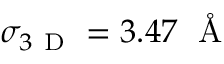
\sigma _ { 3 \mathrm { ~ D ~ } } = 3 . 4 7 \; \mathrm { ~ \AA ~ }